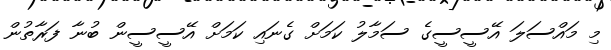
މި މައްސަލަ އޭސީސީގެ ސަމާލު ކަމަށް ގެނައި ކަމަށް އޭސީސީން ބުނާ ފަރާތުން